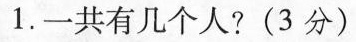
1.一共有几个人?(3分)